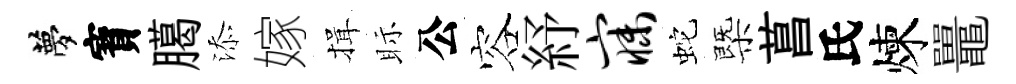
夢寳臈添嫁揖眎公容紓寐蛇㮣菖氏煉鼉